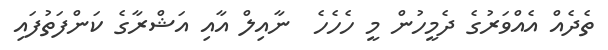
ތެދެއް އެއްވަރުގެ ދެމީހުން މީ ހެހެހެ  ނާއިލް އާއި އަޝްރާގެ ކަންފަތުފައި